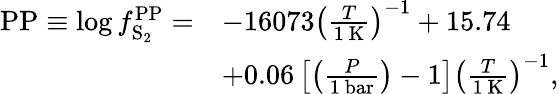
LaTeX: \begin{array}{rl}{{\mathrm{PP}}\equiv\log f_{\mathrm{S_{2}}}^{\mathrm{PP}}=}&{-16073\left(\frac{T}{1\mathrm{~K}}\right)^{-1}+15.74}\\ &{+0.06\left[\left(\frac{P}{1\mathrm{~bar}}\right)-1\right]\left(\frac{T}{1\mathrm{~K}}\right)^{-1},}\end{array}